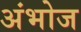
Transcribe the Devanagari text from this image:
अंभोज